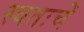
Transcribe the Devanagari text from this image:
स्वतःचें